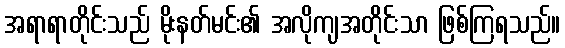
အရာရာတိုင်းသည် မိုးနတ်မင်း၏ အလိုကျအတိုင်းသာ ဖြစ်ကြရသည်။